Annual report on the lock hospitals of the Madras Presidency
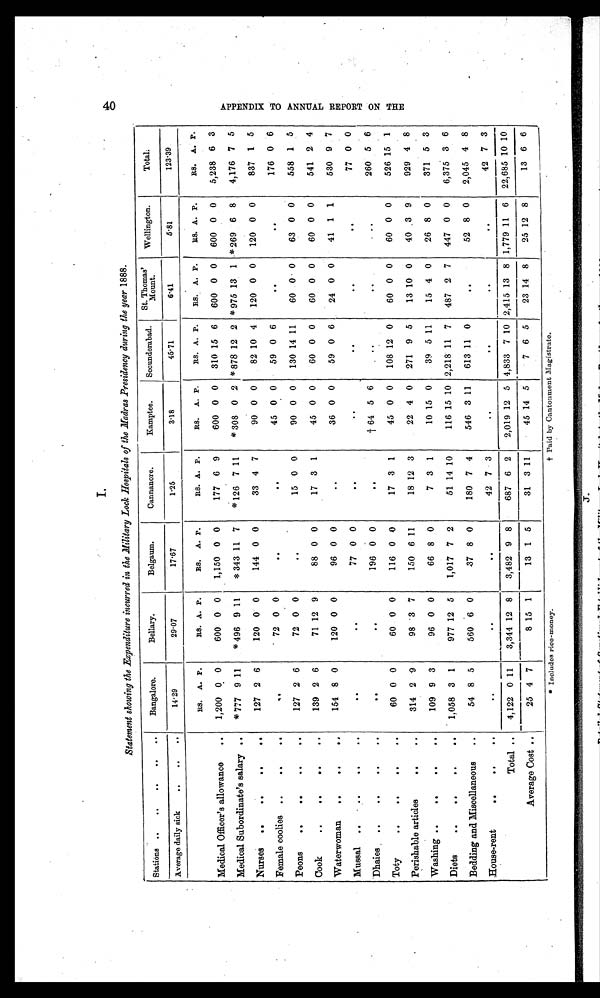
* Includes rice-money.
†Paid by Cantonment Magistrate.
40
I.
Statement showing the Expenditure incurred in the Military Lock Hospitals of the Madras Presidency during the year 1888.
Stations
..
Bangalore.
Bellary.
Belgaum.
Cannanore.
Kamptee.
Secunderabad.
St. Thomas'
Mount.
Wellington.
Tot al .
Average daily sick
..
1 4 . 2 9
2 9 . 0 7
17.67
1 . 2 5
3.18
45.71
6 . 4 1
5 . 8 1
123.39
R s . A. P.
R s . A. P.
R s . A. P.
R s . A. P.
R s . A. P.
R s . A. P.
R s . A. P.
Rs. A. P.
R s . A. P.
Medical Officer's allowance
..
1,200 0 0
600 0 0
1,150 0 0
177 6 9
600 0 0
310 15 6
600 0 0
600 0 0
5,238 6 3
Medical Subordinate's salary ..
* 7 7 7 9 11
*496 9 11
*343 11 7
*126 7 11
*308 0 2 *878 12 2 *975 13 1 *269 6 8
4,176 7 5
Nurses
. .
127 2 6
120 0 0
144 0 0
33 4 7
90 0 0
82 10 4
120 0 0
120 0 0
837 1 5
Female coolies
..
..
72 0 0
. .
..
45 0 0
59 0 6
. .
. . 176 0 6
Peons
..
127 2 6
72 0 0
. .
15 0 0
90 0 0
130 14 11
60 0 0
63 0 0
558 1 5
Cook
..
139 2 6
71 12 9
88 0 0
17 3 1
45 0 0
60 0 0
60 0 0
60 0 0
541 2 4
W a t e r w o m a n
..
154 8 0
120 0 0
96 0 0
. .
36 0 0
59 0
6
24 0 0
41 1 1
530 9 7
Mussal
. .
. .
. . 77 0 0
. .
. .
..
. .
..
77 0 0
Dhaies
..
. .
. . 196 0 0
. .
†64 5 6
. .
. .
. .
260 5 6
Toty
. .
60 0 0
60 0 0
116 0 0
17 3 1
45 0 0
108 12 0
60 0 0
60 0 0
526 15 1
Perishable articles
. .
314 2 9
98 3 7
150 6 11
18 12 3
22 4 0
271 9 5
13 10 0
40 3 9
929 4 8
Washing
..
109 9 3
96 0 0
66 8 0
7 3 1
10 15 0
39 5 11
15 4 0
26 8 0
371 5 3
Diets
..
1,058 3 1
977 12 5
1,017 7 2
51 14 10
116 15
1 0 2,218 11 7
487 2 7
447 0 0
6,375 3 6
Bedding and Miscellaneous
..
54 8 5
560 6 0
37 8 0
180 7 4
546 3
1 1 613 11 0
. . 52 8 0
2,045 4 8
House-rent
. .
. .
. .
. .
42 7 3
..
. .
. .
. .
42 7 3
Total ..
4,122 0 11
3,344
1 2 8
3,482 9 8
687 6 2
2,019 12 5 4,833 7 10 2,415 13 8 1,779 11 6 22,685 10 10
Average Cost ..
25 4 7
8
1 5 1
13 1 5
31 3 11
45 14 5
7 6 5
23 14 8
25 12 8
13 6 6
A P P E N D I X T O A N N U A L R E P O R T O N T H E